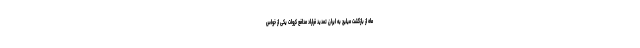
ماه از بازگشت میلیچ به ایران تمدید قراراد مدافع کروات یکی از خواس